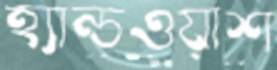
হ্যান্ডওয়াশ